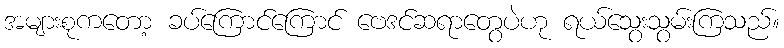
အများစုကတော့ ခပ်ကြောင်ကြောင် ဗေဒင်ဆရာတွေပဲဟု ရယ်သွေးသွမ်းကြသည်။